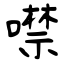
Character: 噤